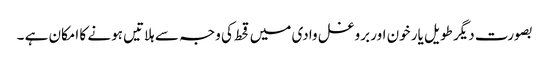
بصورت دیگر طویل یار خون اور بروغل وادی میں قحط کی وجہ سے ہلاتیں ہونے کا امکان ہے ۔